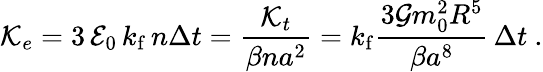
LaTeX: {\cal K}_{e}=3\, {\cal E}_{0}\, k_{\mathrm{f}}\, n\Delta t=\frac{{\cal K}_{t}}{\beta na^{2}}=k_{\mathrm{f}}\frac{3{\cal G}m_{0}^{2}R^{5}}{\beta a^{8}}\, \Delta t\ .